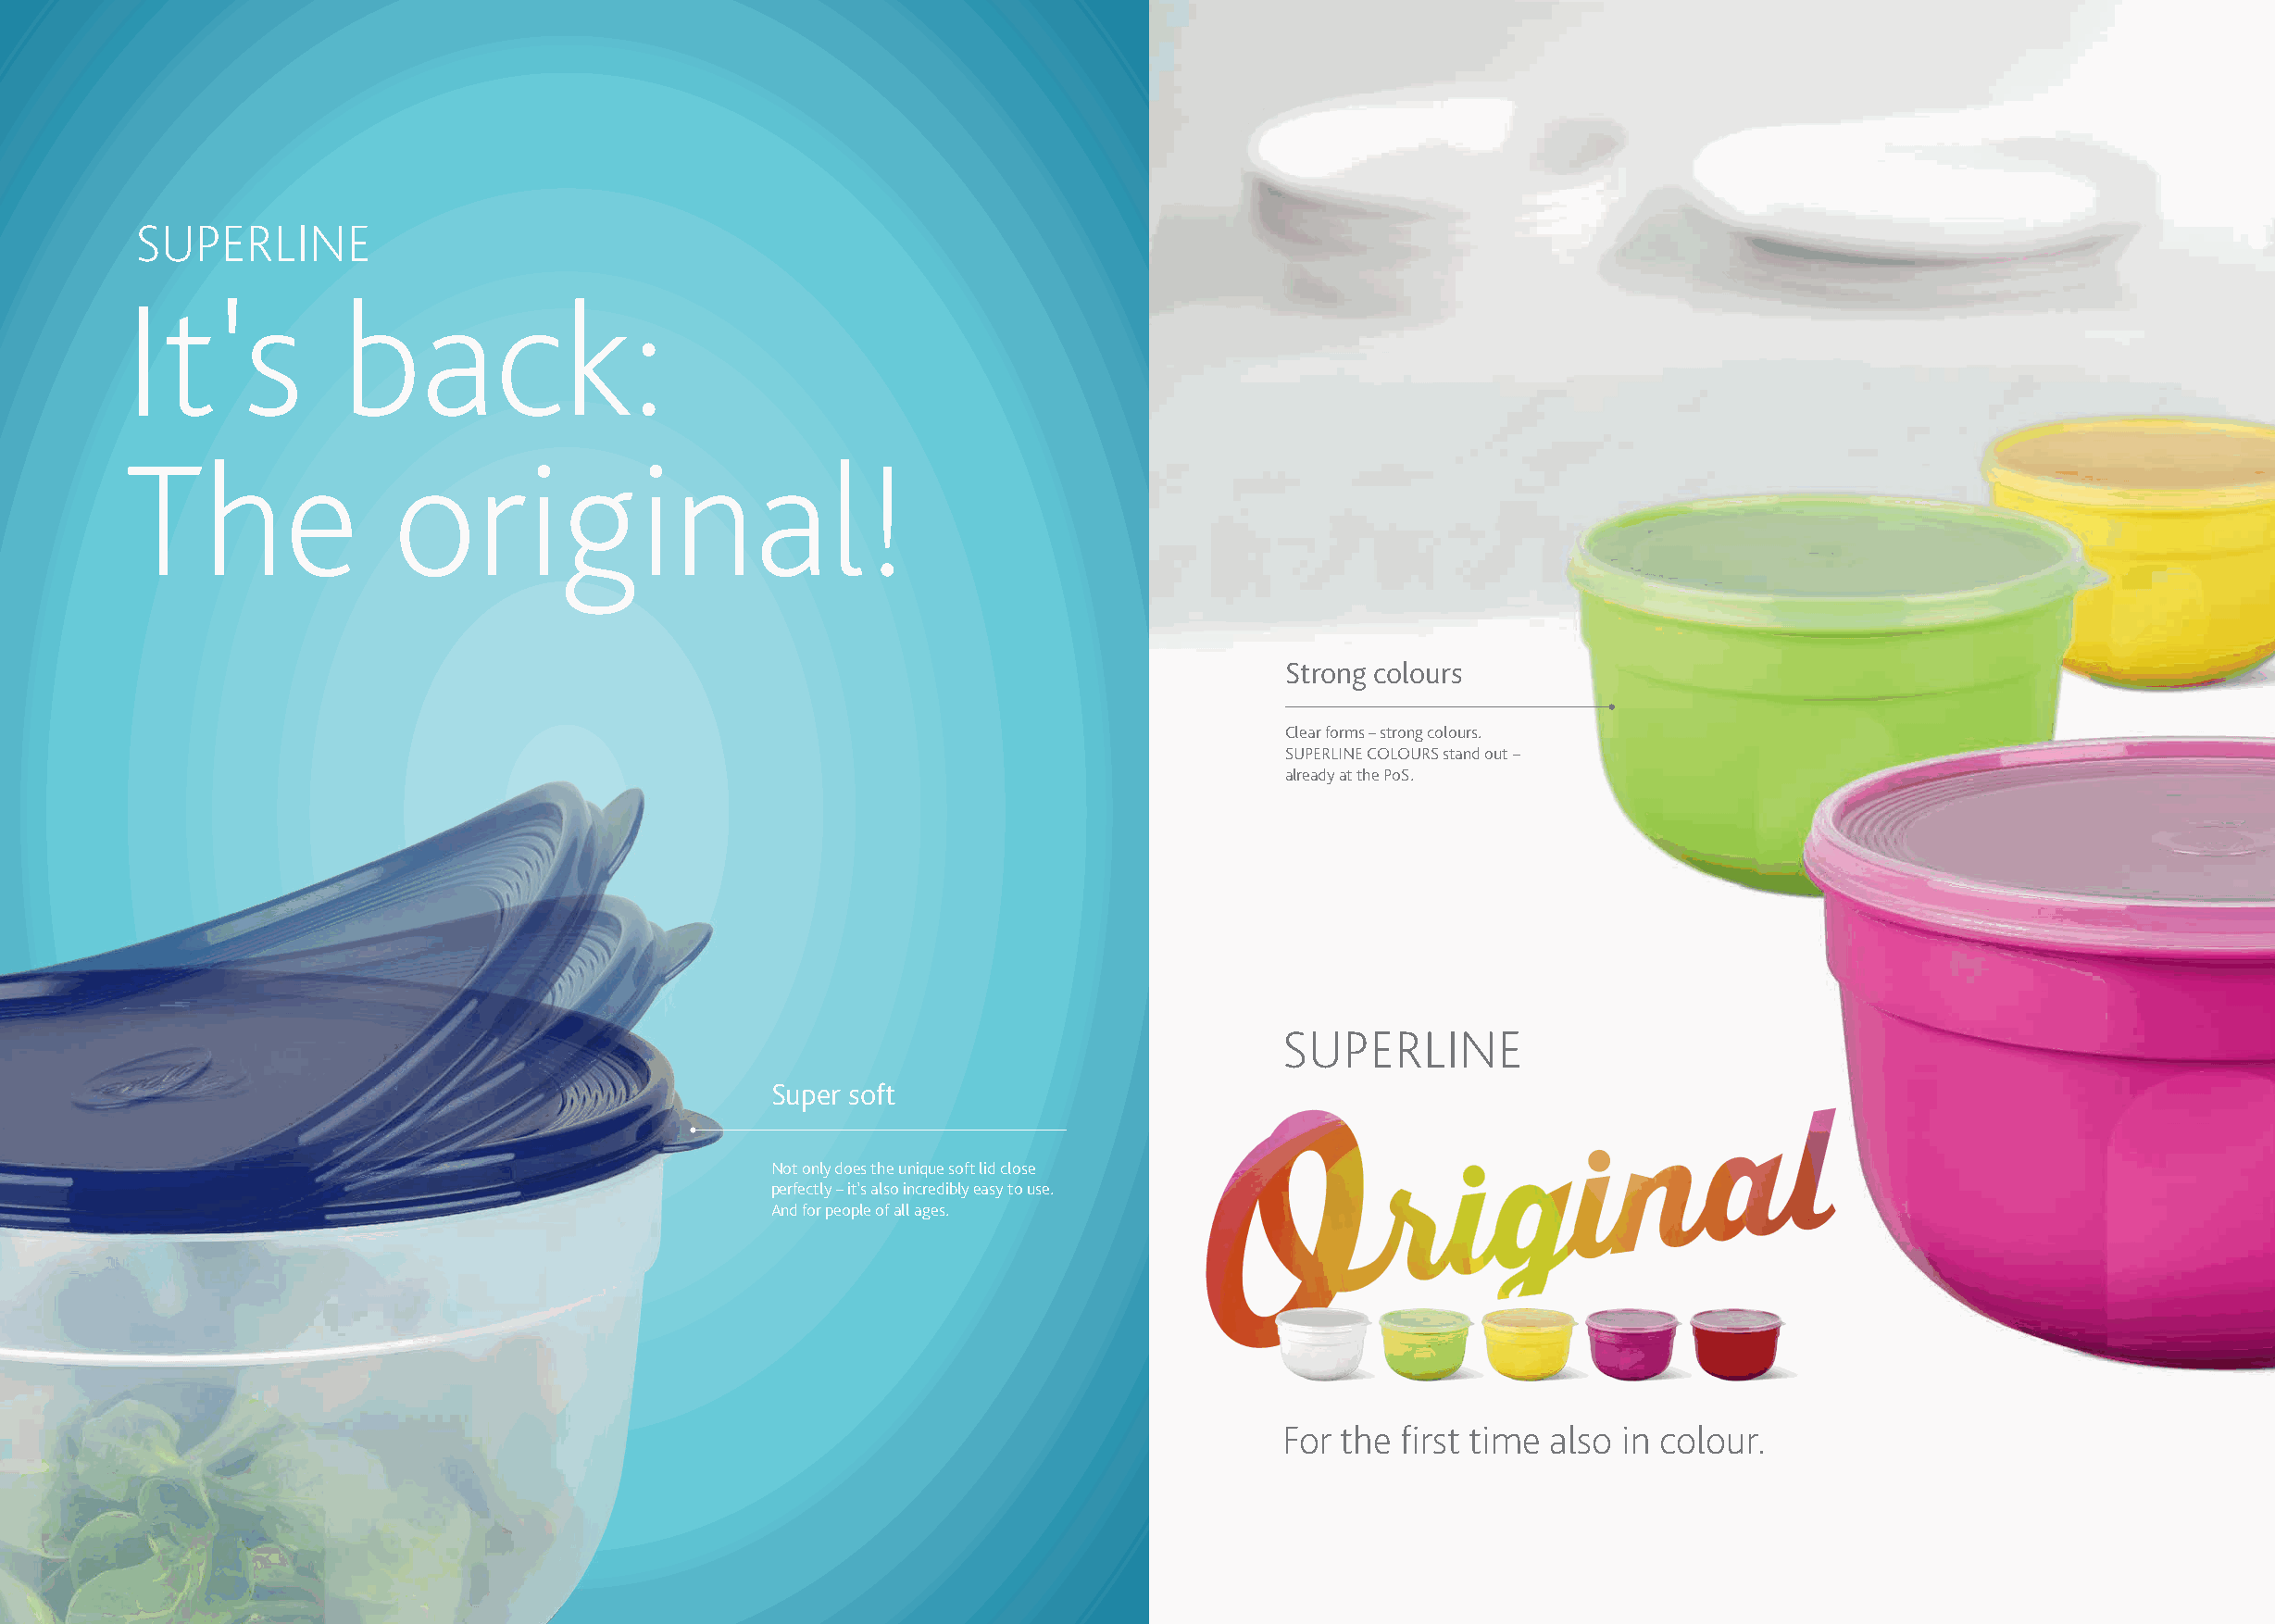
SUPERLINE
 It's           back:
 The                original!
 Strong colours
 Clear forms – strong colours.
 SUPERLINE COLOURS stand out –
 already at the PoS.
 SUPERLINE
 Super soft
 Not only does the unique soft lid close
 perfectly – it’s also incredibly easy to use.
 And for people of all ages.
 For the first time also in colour.